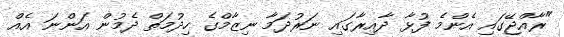
"ރާއްޖޭގައި އެންމެ ފުޅާ ދާއިރާގައި ނަރުދަމާ ނިޒާމްގެ ހިދުމަތް ދެމުން އަންނަ އެއް